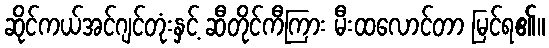
ဆိုင်ကယ်အင်ဂျင်တုံးနှင့် ဆီတိုင်ကီကြား မီးထလောင်တာ မြင်ရ၏။